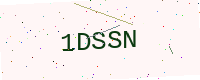
Text: 1DSSN